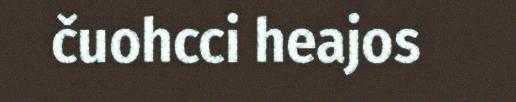
čuohcci heajos